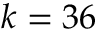
k = 3 6